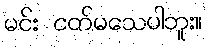
မင်း ငတ်မသေပါဘူး။